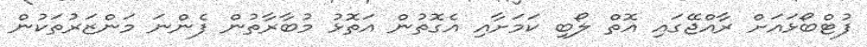
ފުޓްބޯޅައަށް ރާއްޖޭގައި އޮތް ލޯބި ކަމަށާއި އެގޮތުން އަތޮޅު މުބާރާތުން ފެންނަ މަންޒަރުތަކުން